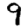
Digit: 9